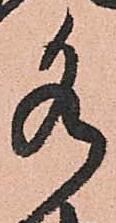
水